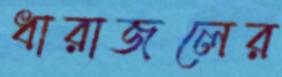
ধারাজলের